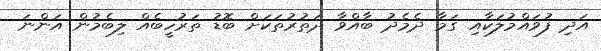
އަދި ފުވައްމުލަކާއި ގަމާ ދެމެދު ބާއްވާ ދަތުރުތަކަށް ބޮޑު ތަރުހީބެއް ލިބެމުން އަންނަ